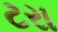
ટરા